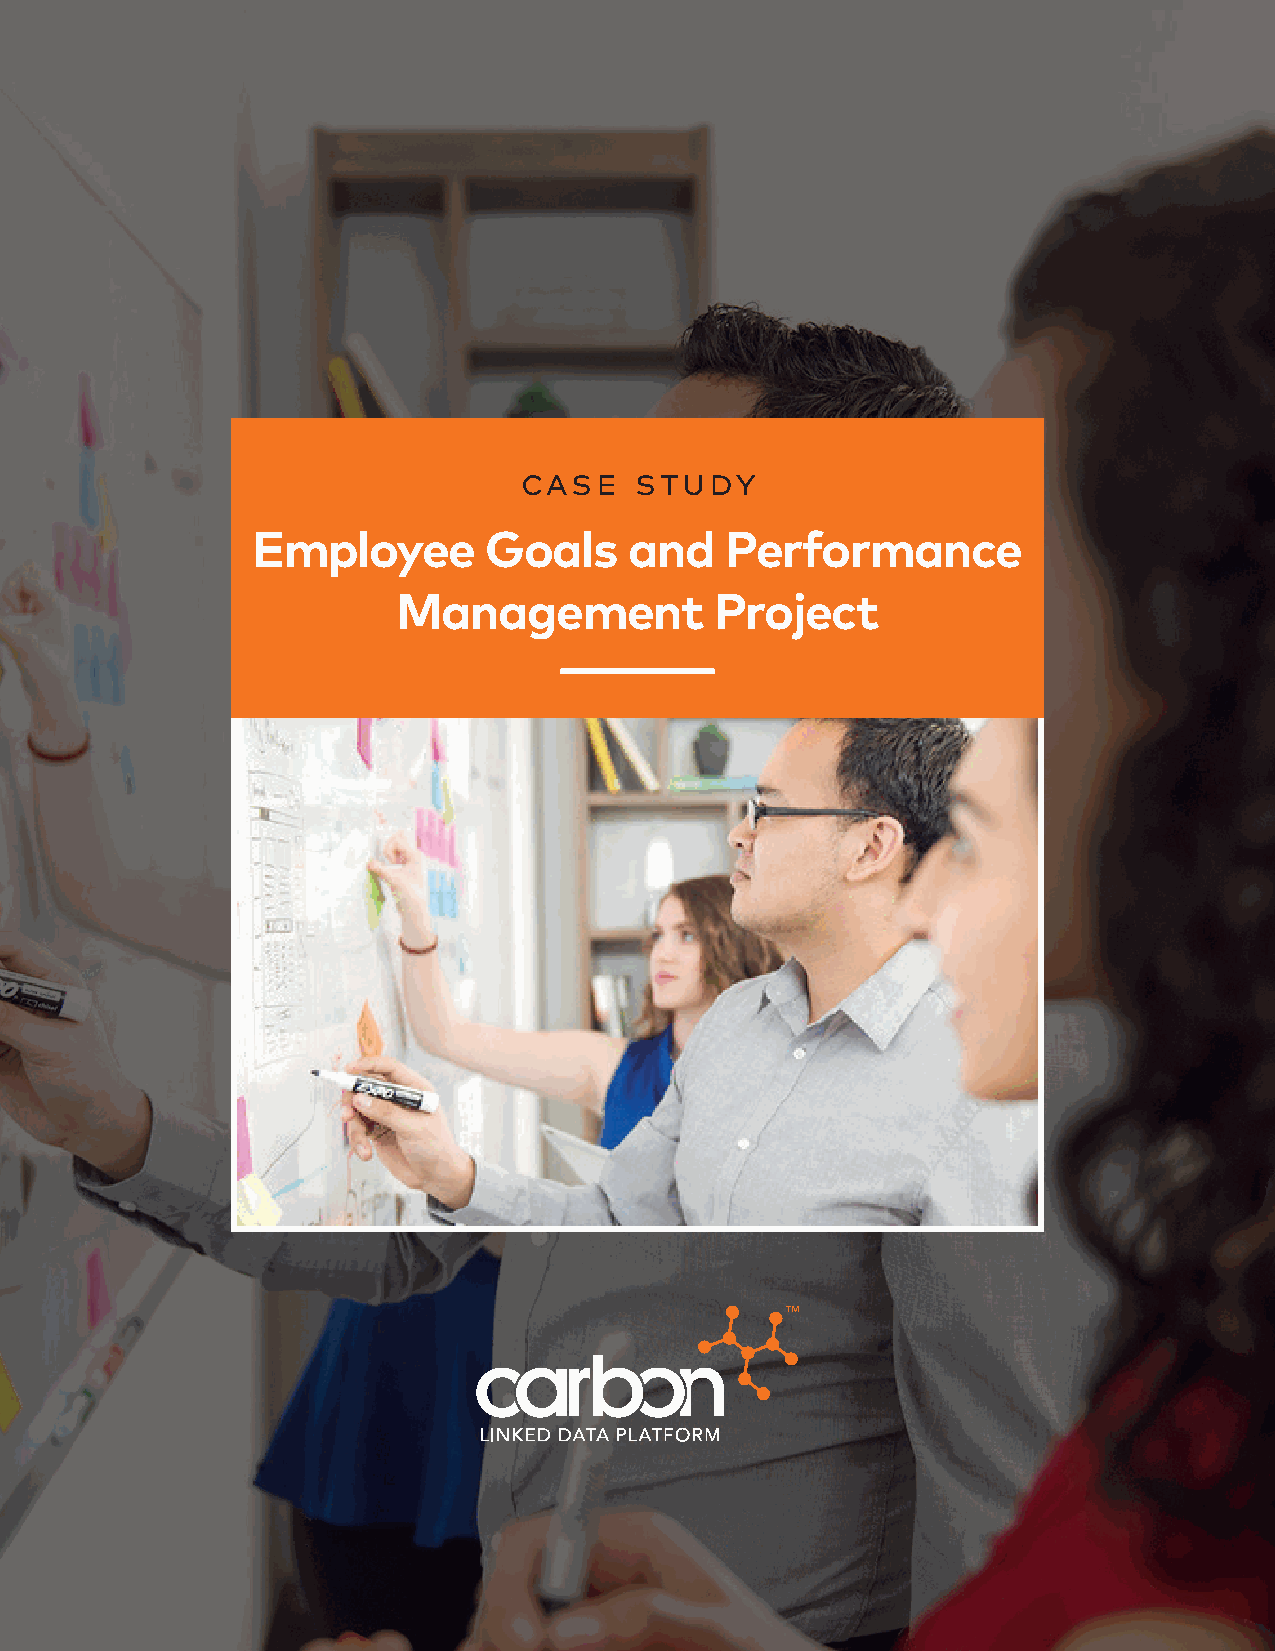
case    study
 Employee       Goals     and   Performance
 Management           Project
 case study